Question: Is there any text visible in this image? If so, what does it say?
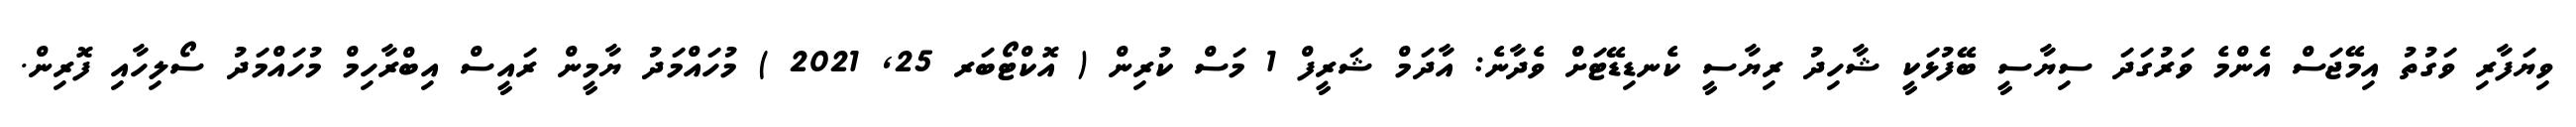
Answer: ވިޔަފާރި ވަގުތު އިމޭޖަސް އެންމެ ވަރުގަދަ ސިޔާސީ ބޭފުޅަކީ ޝާހިދު ރިޔާސީ ކެނޑިޑޭޓަށް ވެދާނެ: އާދަމް ޝަރީފް 1 މަސް ކުރިން ( އޮކްޓޯބަރ 25, 2021 ) މުހައްމަދު ޔާމީން ރައީސް އިބްރާހިމް މުހައްމަދު ސޯލިހާއި ފޮރިން.